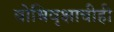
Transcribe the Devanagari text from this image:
बोधिवृक्षाचीही